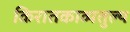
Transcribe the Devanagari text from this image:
किरातकाव्यतुल्य